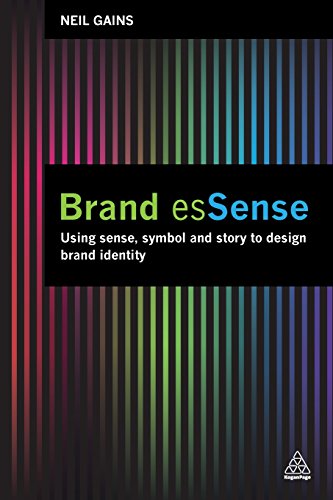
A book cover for Brand EsSense: Using Sense, Symbol and Story to Design Brand Identity; Neil Gains; Business & Money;